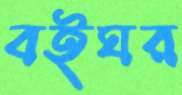
বইঘর